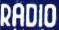
RADIO